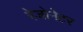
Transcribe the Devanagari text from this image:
रेजोनेटर